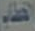
الخطاب